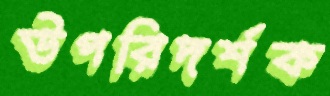
উপরিদর্শক